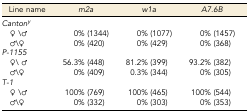
<table><thead><tr><td><b>Line name</b></td><td><b><i>m2a</i></b></td><td><b><i>w1a</i></b></td><td><b><i>A7.6B</i></b></td></tr></thead><tbody><tr><td><i>Canton<sup>y</sup></i></td><td></td><td></td><td></td></tr><tr><td> ♀ \♂</td><td>0% (1344)</td><td>0% (1077)</td><td>0% (1457)</td></tr><tr><td> ♂\♀</td><td>0% (420)</td><td>0% (429)</td><td>0% (368)</td></tr><tr><td><i>P-1155</i></td><td></td><td></td><td></td></tr><tr><td> ♀\ ♂</td><td>56.3% (448)</td><td>81.2% (399)</td><td>93.2% (382)</td></tr><tr><td> ♂\♀</td><td>0% (409)</td><td>0.3% (344)</td><td>0% (305)</td></tr><tr><td><i>T-1</i></td><td></td><td></td><td></td></tr><tr><td> ♀ \♂</td><td>100% (769)</td><td>100% (465)</td><td>100% (544)</td></tr><tr><td> ♂\♀</td><td>0% (332)</td><td>0% (303)</td><td>0% (353)</td></tr></tbody></table>